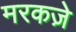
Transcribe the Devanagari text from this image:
मरकज़े